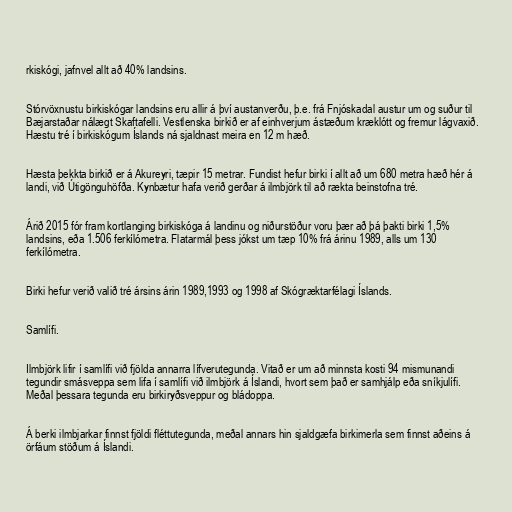
rkiskógi, jafnvel allt að 40% landsins.

Stórvöxnustu birkiskógar landsins eru allir á því austanverðu, þ.e. frá Fnjóskadal austur um og suður til
Bæjarstaðar nálægt Skaftafelli. Vestlenska birkið er af einhverjum ástæðum kræklótt og fremur lágvaxið.
Hæstu tré í birkiskógum Íslands ná sjaldnast meira en 12 m hæð.

Hæsta þekkta birkið er á Akureyri, tæpir 15 metrar. Fundist hefur birki í allt að um 680 metra hæð hér á
landi, við Útigönguhöfða. Kynbætur hafa verið gerðar á ilmbjörk til að rækta beinstofna tré.

Árið 2015 fór fram kortlanging birkiskóga á landinu og niðurstöður voru þær að þá þakti birki 1,5%
landsins, eða 1.506 ferkílómetra. Flatarmál þess jókst um tæp 10% frá árinu 1989, alls um 130
ferkílómetra.

Birki hefur verið valið tré ársins árin 1989,1993 og 1998 af Skógræktarfélagi Íslands.

Samlífi.

Ilmbjörk lifir í samlífi við fjölda annarra lífverutegunda. Vitað er um að minnsta kosti 94 mismunandi
tegundir smásveppa sem lifa í samlífi við ilmbjörk á Íslandi, hvort sem það er samhjálp eða sníkjulífi.
Meðal þessara tegunda eru birkiryðsveppur og bládoppa.

Á berki ilmbjarkar finnst fjöldi fléttutegunda, meðal annars hin sjaldgæfa birkimerla sem finnst aðeins á
örfáum stöðum á Íslandi.